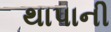
થાપાની